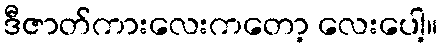
ဒီဇာတ်ကားလေးကတော့ လေးပေါ့။